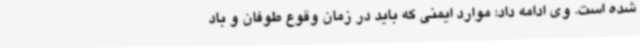
شده است. وی ادامه داد: موارد ایمنی که باید در زمان وقوع طوفان و باد